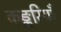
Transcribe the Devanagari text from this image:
कङ्करियाँ